Vaccination Hyderabad 1890-1903 - 1890-1903
Year: 1890
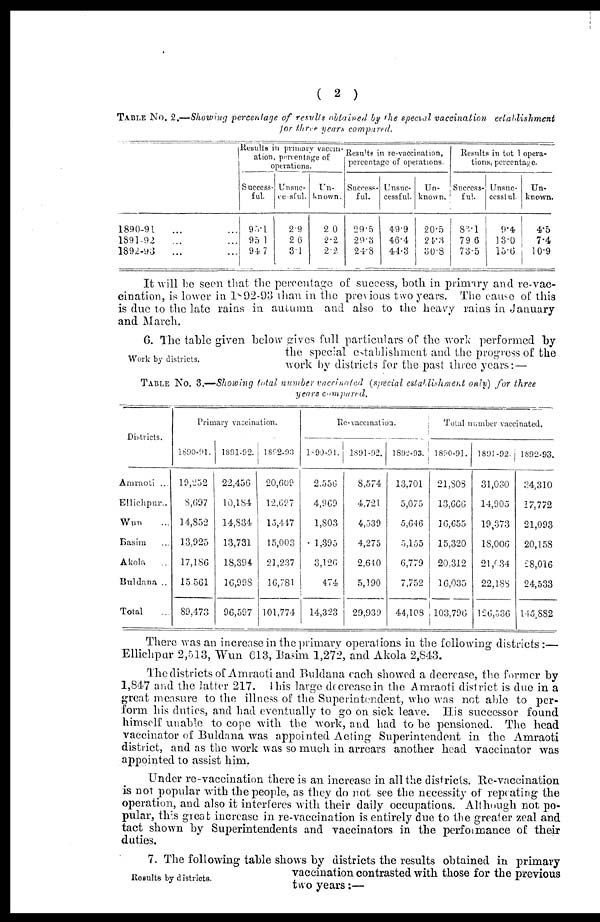
( 2 )
TABLE No. 2.—Showing percentage of results obtained by the special vaccination
establishment
for three years compared.
1890-91 ...
1891-92 ...
1892-93
...
Results in primary vaccin-
ation, percentage of
operations.
Success-
ful.
95.1
95.1
94.7
Unsuc-
cessful.
2.9
2.6
3.1
Un-
known.
2.0
2.2
2.2
Results in re-vaccination,
percentage of operations.
Success-
ful.
29.5
29.3
24.8
Unsuc-
cessful.
49.9
46.4
44.3
Un-
known.
20.5
24.3
30.8
Results in total opera-
tions, percentage.
Success-
ful.
83.1
79.6
73.5
Unsuc¬
cessful.
9.4
13.0
15.6
Un-
known.
4.5
7.4
10.9
It will be seen that the percentage of success, both in primary and re-vac-
cination, is lower in 1892-93 than in the previous two years. The cause of this
is due to the late rains in autumn and also to the heavy rains in January
and March.
Work by districts.
6. The table given below gives full particulars of the work performed by
the special establishment and the progress of the
work by districts for the past three years:—
TABLE No. 3.—Showing total number vaccinated (special establishment only) for three
years compared.
Districts.
Amraoti ...
Ellichpur..
Wun ...
Basim ...
Akola
...
Buldana ...
Total
Primary vaccination.
1890-91.
19,252
8,697
14,852
13,925
17,186
15,561
89,473
1891-92.
22,456
10,184
14,834
13,731
18,394
16,998
96,597
1892-93
20,609
12,697
13,417
15,003
21,237
16,781
101,774
Re-vaccination.
1890-91.
2,556
4,969
1,803
1,395
3,126
474
14,323
1891-92.
8,574
4,721
4,539
4,275
2,640
5,190
29,939
1892-93.
13,701
5,075
5,646
5,155
6,779
7,752
44,108
Total number vaccinated.
1890-91.
21,808
13,666
16,655
15,320
20,312
16,035
103,796
1891-92.
31,030
14,905
19,373
18,006
21,634
22,188
120,536
1892-93.
34,310
17,772
21,093
20,158
28,016
24,533
145,882
There was an increase in the primary operations in the following districts:—
Ellichpur 2,513, Wun 613, Basim 1,272, and Akola 2,843.
The districts of Amraoti and Buldana each showed a decrease, the former by
1,847 and the latter 217. this large decrease in the Amraoti district is due in a
great measure to the illness of the Superintendent, who was not able to per-
form his duties, and had eventually to go on sick leave. His successor found
himself unable to cope with the work, and had to be pensioned. The head
vaccinator of Buldana was appointed Acting Superintendent in the Amraoti
district, and as the work was so much in arrears another head vaccinator was
appointed to assist him.
Under re-vaccination there is an increase in all the districts. Re-vaccination
is not popular with the people, as they do not see the necessity of repeating the
operation, and also it interferes with their daily occupations. Although not po-
pular, this great increase in re-vaccination is entirely due to the greater zeal and
tact shown by Superintendents and vaccinators in the performance of their
duties.
Results by districts.
7. The following table shows by districts the results obtained in primary
vaccination contrasted with those for the previous
two years:—